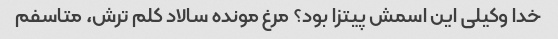
خدا وکیلی این اسمش پیتزا بود؟ مرغ مونده سالاد کلم ترش، متاسفم